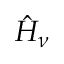
\hat { H } _ { \nu }